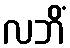
လဘိံ